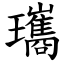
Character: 瓗